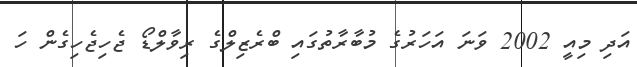
އަދި މިއީ 2002 ވަނަ އަހަރުގެ މުބާރާތުގައި ބްރެޒިލްގެ ރިވާލްޑޯ ޖެހިޖެހިގެން ހަ